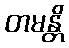
တမန္တိ